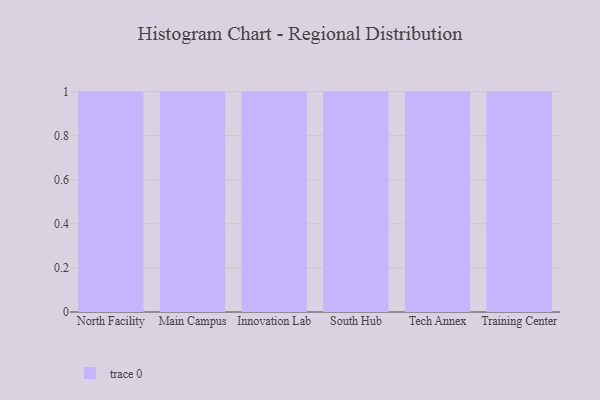
{"axis": {"x": "Campus", "y": "Population (Million)"}, "legend": [""], "data": [{"x": "North Facility", "y": 58, "type": ""}, {"x": "Main Campus", "y": 25, "type": ""}, {"x": "Innovation Lab", "y": 61, "type": ""}, {"x": "South Hub", "y": 40, "type": ""}, {"x": "Tech Annex", "y": 9, "type": ""}, {"x": "Training Center", "y": 19, "type": ""}]}